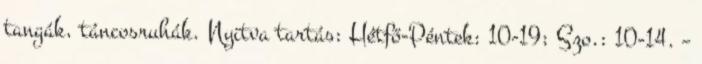
tangák, táncosruhák. Nyitva tartás: Hétfő-Péntek: 10-19; Szo.: 10-14. –